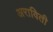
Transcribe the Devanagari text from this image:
अराविती